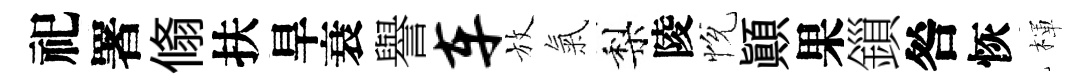
祀署翛扶旱衰譽车放氣梨陵恱顚果鎻咎恢楎